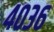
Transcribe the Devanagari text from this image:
४०३६